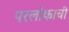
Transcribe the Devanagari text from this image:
परलोकाची